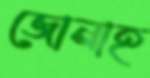
জোনাহ